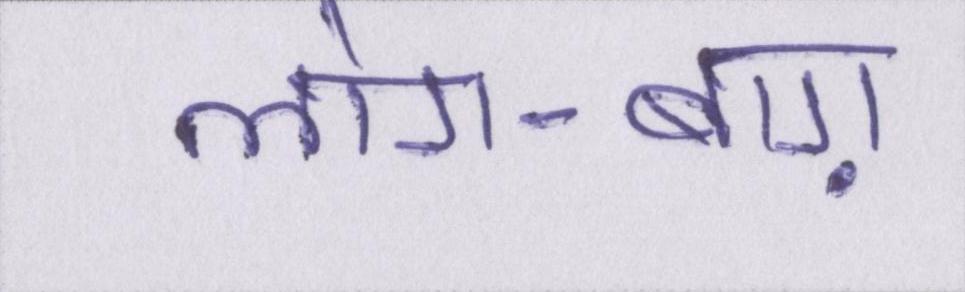
लोग-बाग़